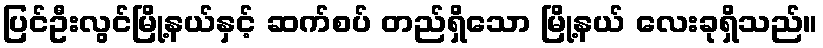
ပြင်ဦးလွင်မြို့နယ်နှင့် ဆက်စပ် တည်ရှိသော မြို့နယ် လေးခုရှိသည်။